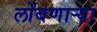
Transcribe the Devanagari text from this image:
लोंबणाऱ्या